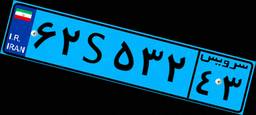
۶۲S۵۳۲۴۳